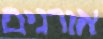
אורנים